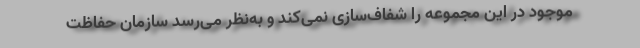
موجود در این مجموعه را شفاف‌سازی نمی‌کند و به‌نظر می‌رسد سازمان حفاظت